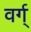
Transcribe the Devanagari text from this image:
वर्ग्